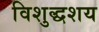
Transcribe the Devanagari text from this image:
विशुद्धशय